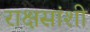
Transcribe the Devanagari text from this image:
राक्षसांशी